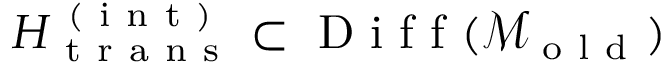
H _ { \mathrm { ~ t ~ r ~ a ~ n ~ s ~ } } ^ { \mathrm { ~ ( ~ i ~ n ~ t ~ ) ~ } } \subset \mathrm { ~ D ~ i ~ f ~ f ~ } ( \mathcal { M } _ { \mathrm { ~ o ~ l ~ d ~ } } )